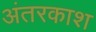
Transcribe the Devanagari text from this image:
अंतरकाश